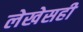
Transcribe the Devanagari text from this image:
लेखेसही